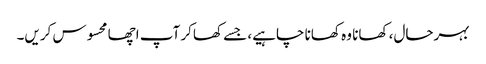
بہرحال، کھانا وہ کھانا چاہیے، جسے کھاکر آپ اچھا محسوس کریں۔